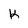
Character: K